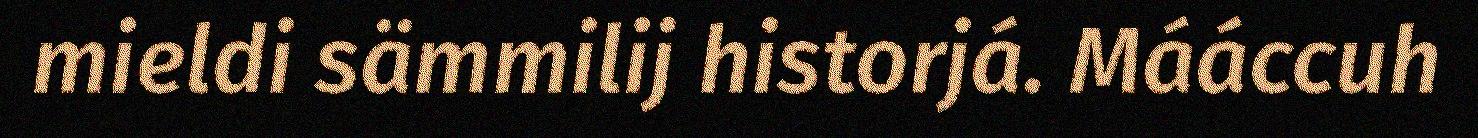
mieldi sämmilij historjá. Mááccuh